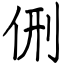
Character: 侀